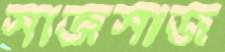
সাজসাজ